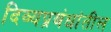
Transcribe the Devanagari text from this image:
दिव्यप्रबंधांतील